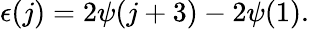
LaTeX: \epsilon(j)=2\psi(j+3)-2\psi(1).